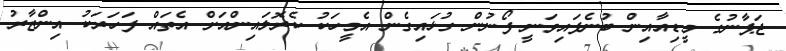
ޖަޕާނުގެ މީޑިއާއިން ބުނެފައިވަނީ ފޯނުން ގުޅައިގެން އެމީހަކު ކެރޮލައިންއަށް އެތައް ފަހަރަކު އިންޒާރު